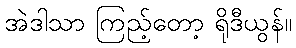
အဲဒါသာ ကြည့်တော့ ရိုဒီယွန်။